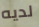
لديه